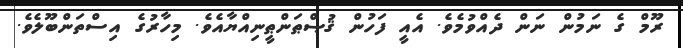
ރޫމް ގެ ނަމުން ނަން ދެއްވުމެވެ. އެއީ ފަހުން ޤުޞްޠަންޠީނިއްޔާއެވެ. މިހާރުގެ އިސްތަންބޫލެވެ.